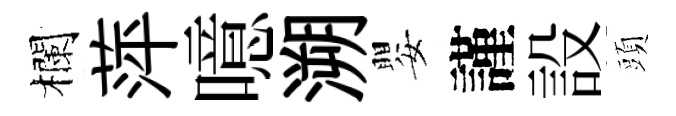
欄萍噫溯嬰謹設頭